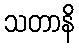
သတာနိ